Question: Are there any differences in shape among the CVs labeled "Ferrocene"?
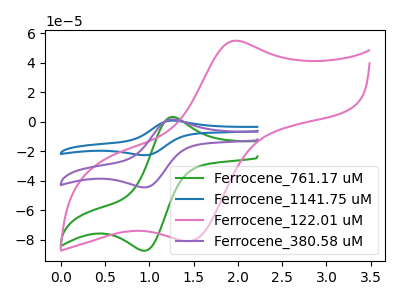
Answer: <think>The green curve "Ferrocene_761.17 uM" has an anodic peak at (1.25V, 3.30uA) and a cathodic peak at (0.95V, -87.40uA). The blue curve "Ferrocene_1141.75 uM" has an anodic peak at (1.25V, 3.40uA) and a cathodic peak at (0.95V, -88.90uA). The pink curve "Ferrocene_122.01 uM" has an anodic peak at (2.00V, 55.05uA) and a cathodic peak at (1.45V, -80.95uA). The purple curve "Ferrocene_380.58 uM" has an anodic peak at (1.25V, 1.70uA) and a cathodic peak at (0.95V, -44.45uA).
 All the peaks in "Ferrocene_761.17 uM" have a peak in "Ferrocene_1141.75 uM" at the same potential. Every peak in "Ferrocene_761.17 uM" is lower than every peak in "Ferrocene_1141.75 uM". "Ferrocene_761.17 uM" and "Ferrocene_122.01 uM" have at least one peak that do not match. All the peaks in "Ferrocene_761.17 uM" have a peak in "Ferrocene_380.58 uM" at the same potential. Every peak in "Ferrocene_761.17 uM" is higher than every peak in "Ferrocene_380.58 uM". "Ferrocene_1141.75 uM" and "Ferrocene_122.01 uM" have at least one peak that do not match. All the peaks in "Ferrocene_1141.75 uM" have a peak in "Ferrocene_380.58 uM" at the same potential. Every peak in "Ferrocene_1141.75 uM" is higher than every peak in "Ferrocene_380.58 uM". "Ferrocene_122.01 uM" and "Ferrocene_380.58 uM" have at least one peak that do not match.</think>
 <answer>All the CV's of "Ferrocene" have similar shape.</answer>
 <eval>follow_rule</eval>